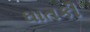
ઘાતકી